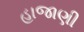
હાજાણી